Annual statistical returns and brief notes on vaccination in Bengal - 1909-1929
Year: 1909
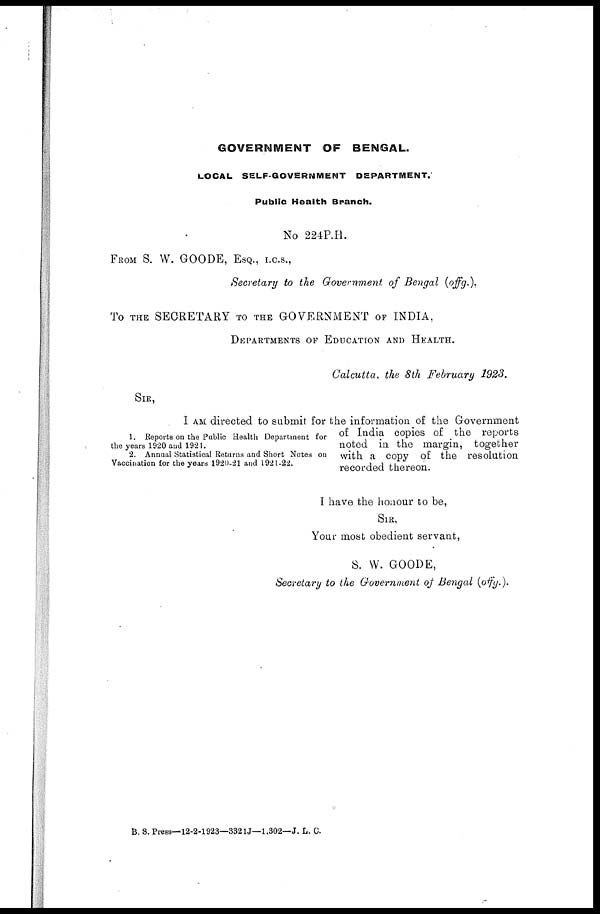
GOVERNMENT OF BENGAL.
LOCAL SELF-GOVERNMENT DEPARTMENT.
Public Health Branch.
No 224P.H.
FROM S. W. GOODE, ESQ., I.C.S.,
Secretary to the Government of Bengal (offg.),
To THE SECRETARY to the GOVERNMENT OF INDIA,
DEPARTMENTS OF EDUCATION AND HEALTH.
Calcutta, the 8th February 1923.
1. Reports on the Public Health Department for
the years 1920 and 1921.
2. Annual Statistical Returns and Short Notes on
Vaccination for the years 1920-21 and 1921-22.
SIR,
I AM directed to submit for the information of the Government
of India copies of the reports
noted in the margin, together
with a copy of the resolution
recorded thereon.
I have the honour to be,
SIR,
Your most obedient servant,
S. W. GOODE,
Secretary to the Government of Bengal (offg.).
B. S. Press—12-2-1923—3321J—1,302—J. L. C.